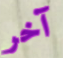
آخر